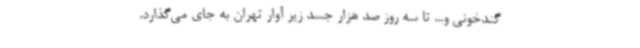
گندخونی و... تا سه روز صد هزار جسد زیر آوار تهران به جای می‌گذارد.